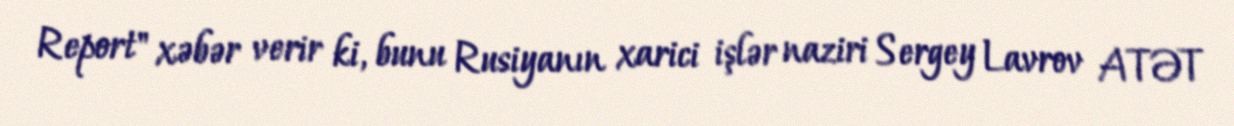
Report" xəbər verir ki, bunu Rusiyanın xarici işlər naziri Sergey Lavrov ATƏT